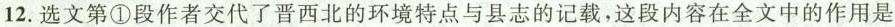
12.选文第①段作者交代了晋西北的环境特点与县志的记载，这段内容在全文中的作用是